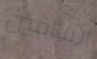
الساقين